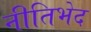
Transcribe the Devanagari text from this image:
नीतिभेद